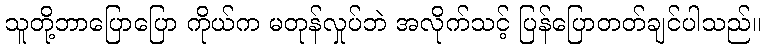
သူတို့ဘာပြောပြော ကိုယ်က မတုန်လှုပ်ဘဲ အလိုက်သင့် ပြန်ပြောတတ်ချင်ပါသည်။